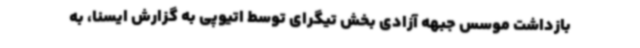
بازداشت موسس جبهه آزادی بخش تیگرای توسط اتیوپی به گزارش ایسنا، به